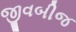
જીવબીજ